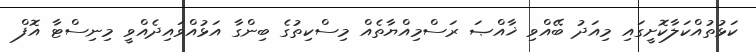
ކަޅުތުއްކަލާކޮށީގައި މިއަދު ބޭއްވި ޚާއްޞަ ރަސްމިއްޔާތެއް މިސްކިތުގެ ބިންގާ އަޅުއްވައިދެއްވީ މިނިސްޓާ އޮފް